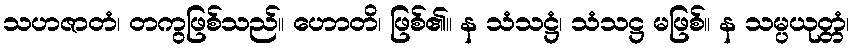
သဟဇာတံ၊ တကွဖြစ်သည်။ ဟောတိ၊ ဖြစ်၏။ န သံသဋ္ဌံ၊ သံသဋ္ဌ မဖြစ်။ န သမ္ပယုတ္တံ၊